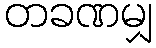
တခဏမျှ